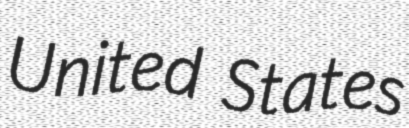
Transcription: United States